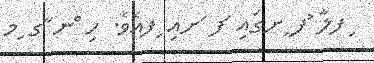
ިފލާ ުފ ީށގައި ަފ ަށއި ިފއެވެ. ހި ްނ ާގ ިމ